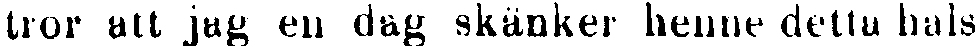
tror att jag en dag skänker henne detta hals-